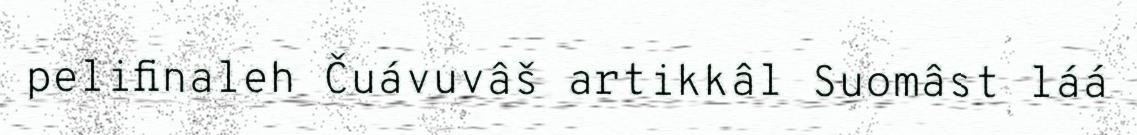
pelifinaleh Čuávuvâš artikkâl Suomâst láá